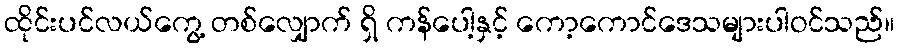
ထိုင်းပင်လယ်ကွေ့ တစ်လျှောက် ရှိ ကန်ပေါ့နှင့် ကော့ကောင်ဒေသများပါဝင်သည်။